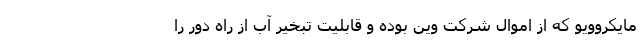
مایکروویو که از اموال شرکت وین بوده و قابلیت تبخیر آب از راه دور را